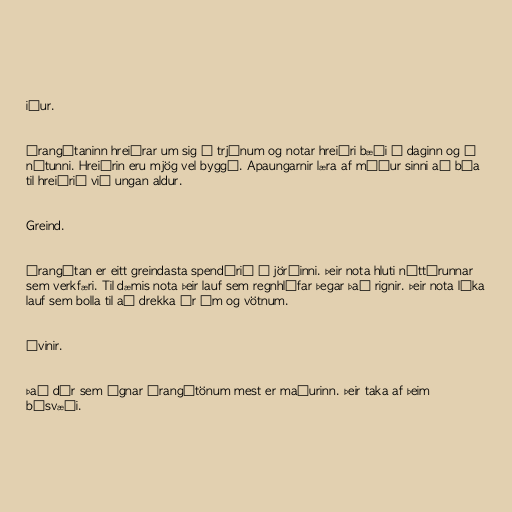
iður.

Órangútaninn hreiðrar um sig í trjánum og notar hreiðri bæði á daginn og á
nótunni. Hreiðrin eru mjög vel byggð. Apaungarnir læra af móður sinni að búa
til hreiðrið við ungan aldur.

Greind.

Órangútan er eitt greindasta spendýrið á jörðinni. Þeir nota hluti náttúrunnar
sem verkfæri. Til dæmis nota þeir lauf sem regnhlífar þegar það rignir. Þeir nota líka
lauf sem bolla til að drekka úr ám og vötnum.

Óvinir.

Það dýr sem ógnar órangútönum mest er maðurinn. Þeir taka af þeim
búsvæði.